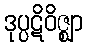
ဒုပ္ပဋိဝိဇ္ဈာ